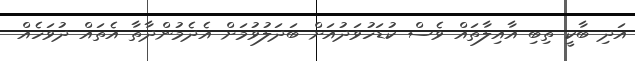
އަދި ބާކީ ތިބި އާއިލާތައް ވެސް ކުޑަހުވަދުއަށް ބަދަލުވުމަށް އެދެމުންދާތާ އެތައް ދުވަހެއް